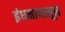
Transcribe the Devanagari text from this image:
इंधनापासून